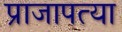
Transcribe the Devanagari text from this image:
प्राजापत्या